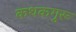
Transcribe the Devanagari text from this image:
कथकगुरू